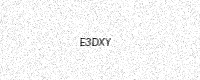
Text: E3DXY